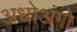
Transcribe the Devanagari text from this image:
अधोअंगो